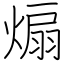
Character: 煽